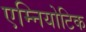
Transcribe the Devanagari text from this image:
एम्नियोटिक